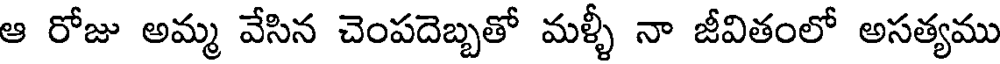
ఆ రోజు అమ్మ వేసిన చెంపదెబ్బతో మళ్ళీ నా జీవితంలో అసత్యము